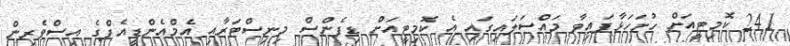
241 ކޮމިޓީއަށް ހުށަހަޅާފައިވާ މައްސަލައިގައި އެ ކޮމިޓީއަށް ޑިފެންސް މިނިސްޓަރާއި އެމްއެެންޑީއެފްގެ އިސްވެރިން